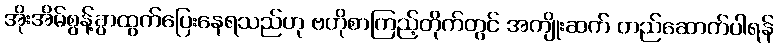
အိုးအိမ်စွန့်ခွာထွက်ပြေးနေရသည်ဟု ဗဟိုစာကြည့်တိုက်တွင် အကျိုးဆက် တည်ဆောက်ပါရန်